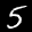
Label: 5